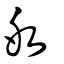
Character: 氷